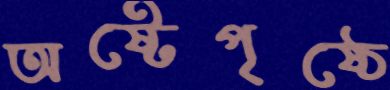
অষ্টেপৃষ্ঠে